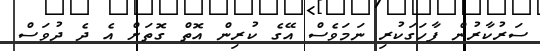
ސަރުކާރުން ފާހަގަކުރި ނަމަވެސް އޭގެ ކުރިން އޮތް ގޮތަށް އެ ދެ ދުވަސް